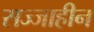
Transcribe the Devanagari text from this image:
सज्जाहीन